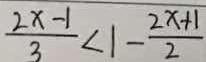
\frac { 2 x - 1 } { 3 } < 1 - \frac { 2 x + 1 } { 2 }